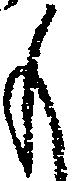
も